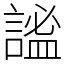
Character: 謐